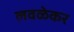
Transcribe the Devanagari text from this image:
लवळेकर